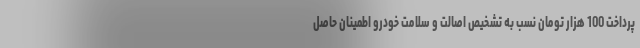
پرداخت 100 هزار تومان نسب به تشخیص اصالت و سلامت خودرو اطمینان حاصل